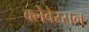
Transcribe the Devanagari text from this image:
क्लेबेरसन